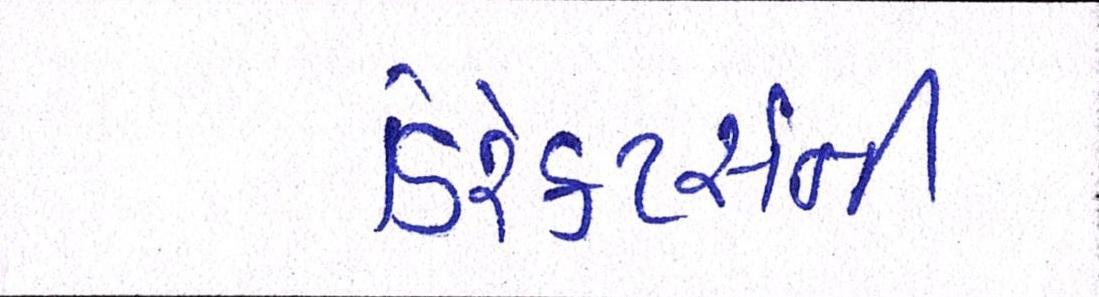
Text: ડિરેક્ટર્સની